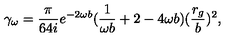
\gamma _ { \omega } = \frac { \pi } { 6 4 i } e ^ { - 2 \omega b } ( \frac { 1 } { \omega b } + 2 - 4 \omega b ) ( \frac { r _ { g } } { b } ) ^ { 2 } ,